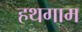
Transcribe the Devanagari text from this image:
हथगाम